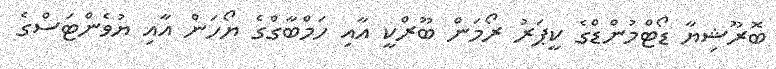
ބޮރޫޝިޔާ ޑޯޓްމުންޑްގެ ކީޕަރު ރޯމަން ބޫރްކީ އާއި ހަމްބާގްގެ ޔޯހަން އާއި ޔުވެންޓަސްގެ